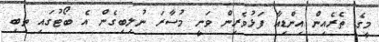
މީގެ ތެރެއިން އިންޑިއާ ފަޅުވެރިން ވަނީ މުސާރަ ނުލިބިގެން އެ ބޯޓުގައި ތިބި